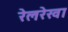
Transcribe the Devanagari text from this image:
रेलरेखा